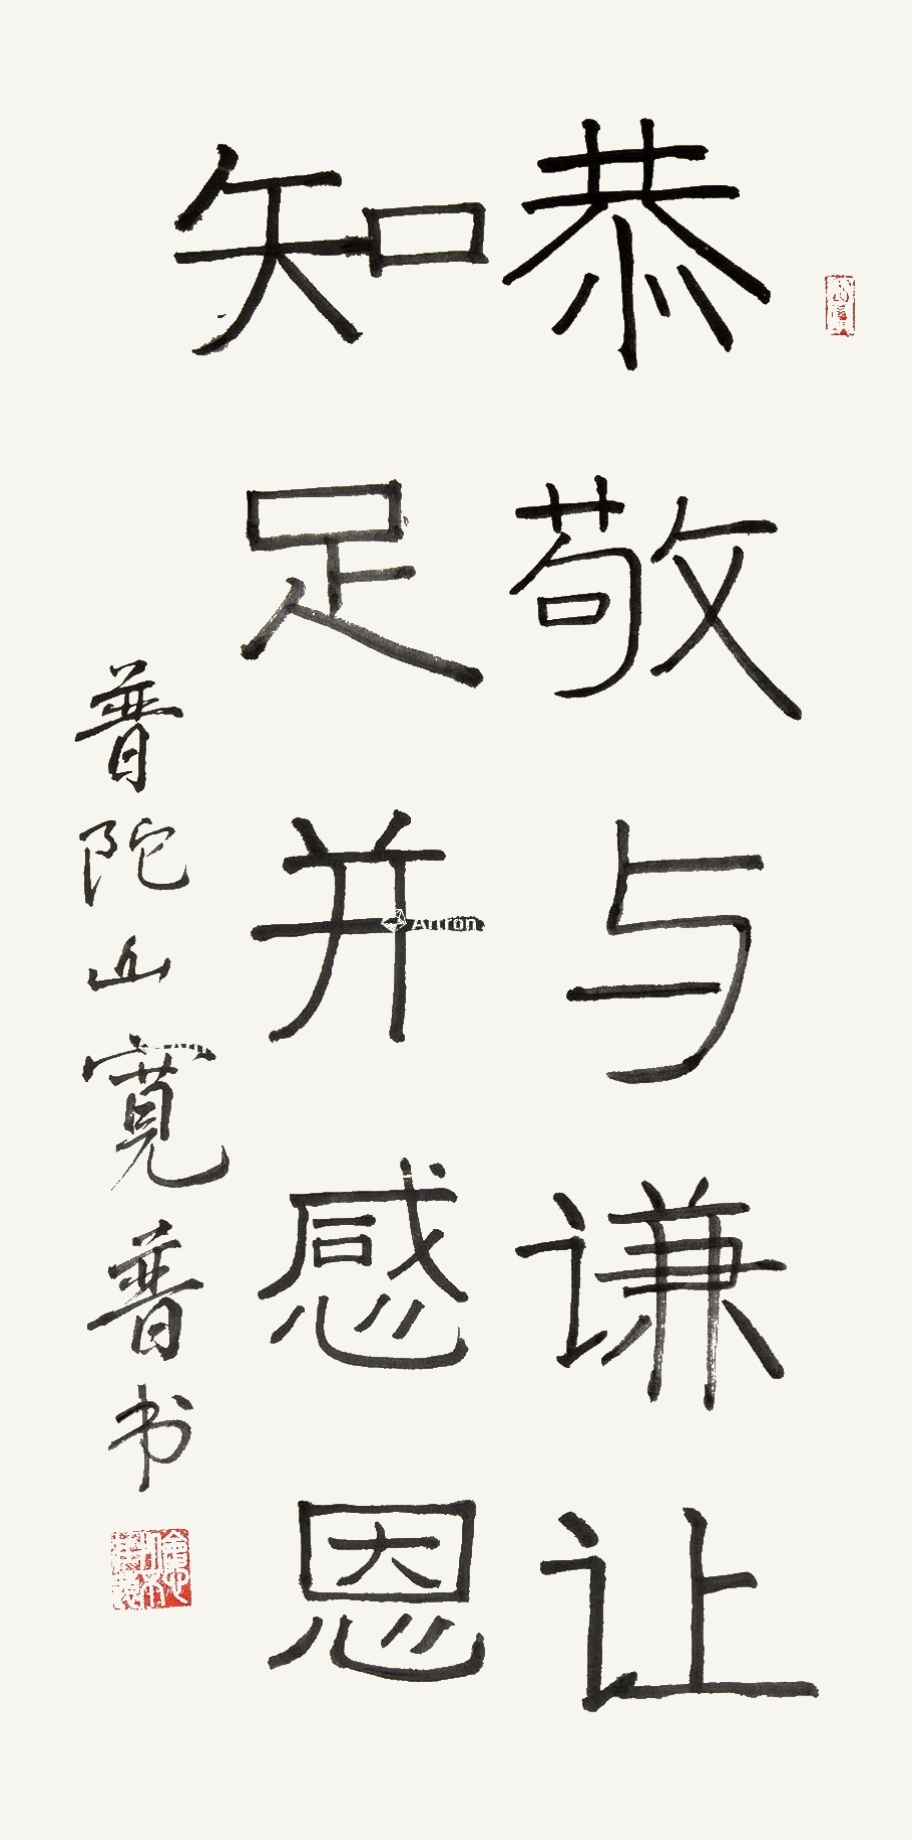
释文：恭敬与谦让知足并感恩。普陀山宽普书。